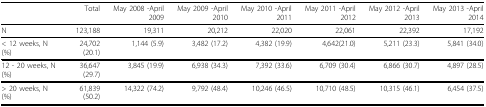
<table><thead><tr><td></td><td><b>Total</b></td><td><b>May 2008 -April 2009</b></td><td><b>May 2009 -April 2010</b></td><td><b>May 2010 -April 2011</b></td><td><b>May 2011 -April 2012</b></td><td><b>May 2012 -April 2013</b></td><td><b>May 2013 -April 2014</b></td></tr></thead><tbody><tr><td>N</td><td> 123,188</td><td>19,311</td><td>20,212</td><td> 22,020</td><td>22,061</td><td>22,392</td><td>17,192</td></tr><tr><td>&lt; 12 weeks, N (%)</td><td> 24,702 (20.1)</td><td> 1,144 (5.9)</td><td> 3,482 (17.2)</td><td> 4,382 (19.9)</td><td>4,642(21.0)</td><td> 5,211 (23.3)</td><td> 5,841 (34.0)</td></tr><tr><td>12 - 20 weeks, N (%)</td><td> 36,647 (29.7)</td><td> 3,845 (19.9)</td><td> 6,938 (34.3)</td><td> 7,392 (33.6)</td><td>6,709 (30.4)</td><td> 6,866 (30.7)</td><td> 4,897 (28.5)</td></tr><tr><td>&gt; 20 weeks, N (%)</td><td> 61,839 (50.2)</td><td> 14,322 (74.2)</td><td> 9,792 (48.4)</td><td> 10,246 (46.5)</td><td>10,710 (48.5)</td><td> 10,315 (46.1)</td><td> 6,454 (37.5)</td></tr></tbody></table>